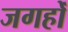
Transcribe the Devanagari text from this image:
जगहोँ